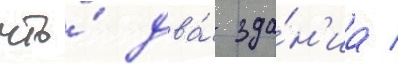
что́ два́ зда́н'иа /